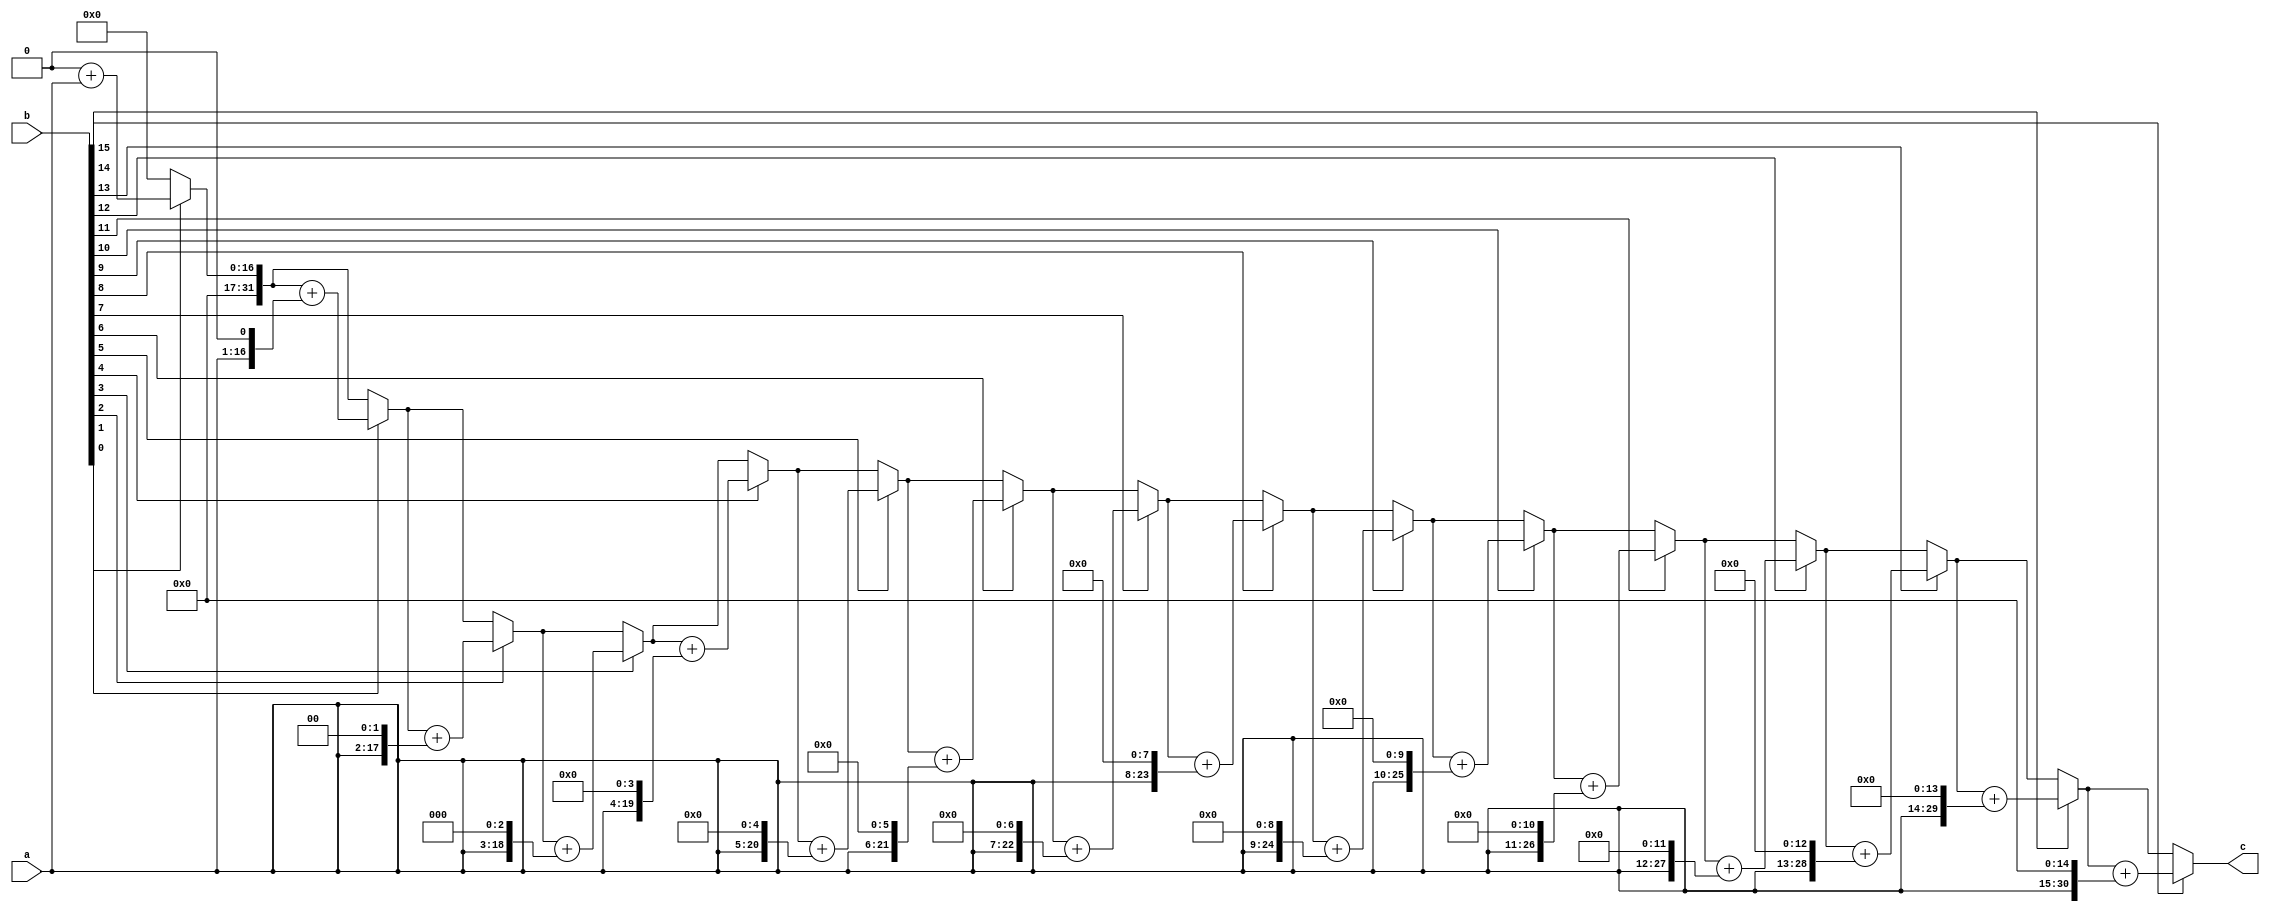
module SixteenBitMult(a,b,c
    );

input [15:0] a,b; // //ma={1'b1,10bit of mantissa}
output [31:0] c;
reg [31:0] a_temp; //for result of 22bit
reg [31:0] q_temp;

integer i;
always @(a,b)
begin
a_temp ={16'b0,a[15:0]};//a_temp=32'b0;
q_temp = 32'b0;

for(i=0;i<16;i=i+1)
begin
   if(b[i] == 1)
        q_temp=q_temp+a_temp;//add based on multiplier bit
   else
        q_temp=q_temp;
   a_temp={a_temp[30:0],1'b0};//shift in each iteration
end
end
assign c=q_temp[31:0];
endmodule